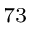
^ { 7 3 }